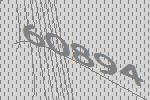
60894